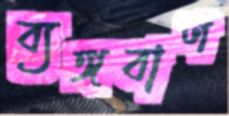
ব্যঙ্গবাণ